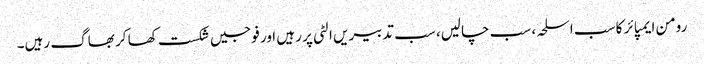
رومن ایمپائر کا سب اسلحہ، سب چالیں، سب تدبیریں الٹی پر رہیں اور فوجیں شکست کھا کر بھاگ رہیں۔